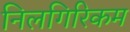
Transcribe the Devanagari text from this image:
निलगिरिकम